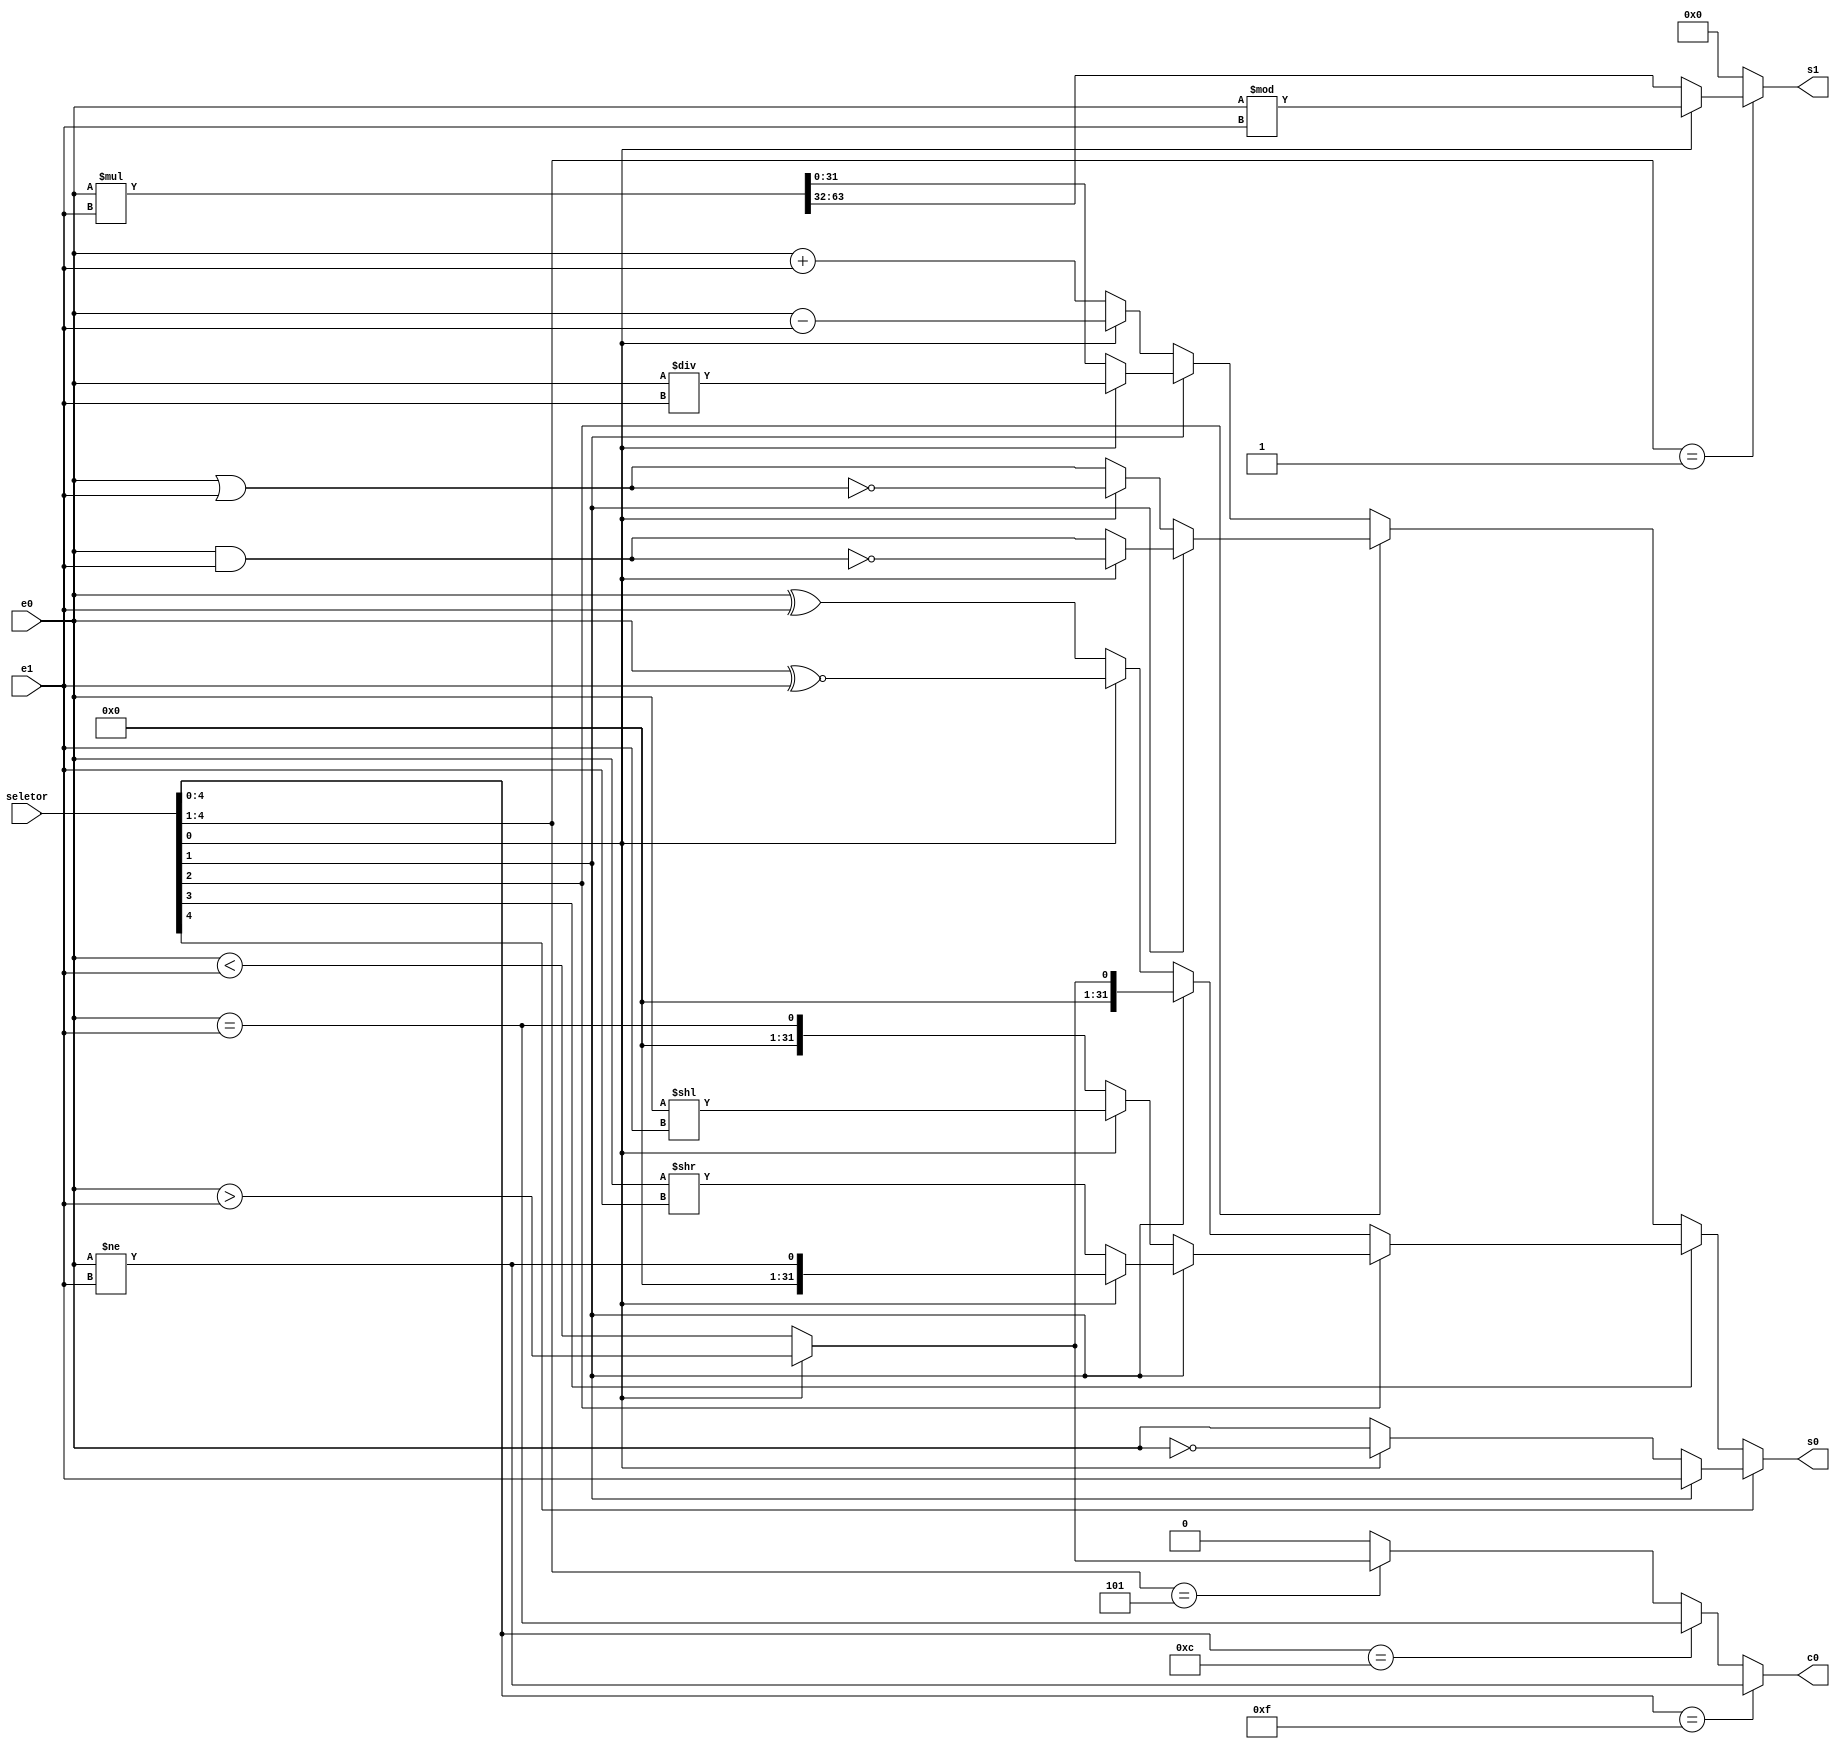
module unidadeLogicaAritmetica(e0, e1, s0, s1, c0, seletor);
input[31:0] e0, e1;
input[5:0] seletor;
output[31:0] s0, s1;
output c0;

/*
parameter SOMA  = 5'b00000, SUBT  = 5'b00001, MULT  = 5'b00010, DIVI  = 5'b00011;
parameter OU	 = 5'b00100, NOU   = 5'b00101, E 	 = 5'b00110, NE	 = 5'b00111;
parameter OUEX  = 5'b01000, NOUX  = 5'b01001, MENOR = 5'b01010, MAIOR = 5'b01011;
parameter IGUAL = 5'b01100, SHLE  = 5'b01101, SHRI  = 5'b01110, DIFER = 5'b01111;
parameter MOVER = 5'b10000, NEGAR = 5'b10001, IMEDI = 5'b10010, IMEDI = 5'b10011;// O resto eh imedi
*/

wire[31:0] soma, subtracao, divisao, shiftleft, shiftright, resto;
wire[31:0] e, ou, ouex, negar, ne, nou, nouex;
wire[63:0] multiplicacao;
wire maior, menor, igual, diferente;

wire[31:0] multiplexador[4:0];

assign soma             	 	= e0 +  e1;
assign subtracao         		= e0 -  e1;
assign multiplicacao				= e0 *  e1;
assign divisao           		= e0 /  e1;
assign resto   	           	= e0 %  e1;
assign shiftleft         		= e0 << e1;
assign shiftright   	   	   = e0 >> e1;
assign e    		        	   = e0 &  e1;
assign ou                		= e0 |  e1;
assign ouex              		= e0 ^  e1;
assign negar    				   = ~e0;
assign ne    					   = ~(e0 & e1);
assign nou               		= ~(e0 | e1);
assign nouex             		= e0 ~^ e1;
assign maior             		= e0 >  e1;
assign menor             		= e0 <  e1;
assign igual             		= e0 == e1;
assign diferente         		= e0 != e1; 


//assign multiplexador[0] = seletor[1] ? (seletor[0] ? 11 : 10) : (seletor[0] ? 01 : 00);
assign multiplexador[0] = seletor[1] ? (seletor[0] ? divisao : multiplicacao[31:0]) : (seletor[0] ? subtracao : soma);
assign multiplexador[1] = seletor[1] ? (seletor[0] ? ne : e)                       : (seletor[0] ? nou : ou);
assign multiplexador[2] = seletor[1] ? (seletor[0] ? maior : menor)                : (seletor[0] ? nouex : ouex);
assign multiplexador[3] = seletor[1] ? (seletor[0] ? diferente : shiftright)       : (seletor[0] ? shiftleft : igual);
assign multiplexador[4] = seletor[1] ? e1                                          : (seletor[0] ? negar : e0);

assign c0 = (seletor[4:0] == 5'b01111) ? diferente : ((seletor[4:0] == 5'b01100) ? igual : ((seletor[4:1] == 4'b0101) ? (seletor[0] ? maior : menor) : 1'b0));  
assign s0 = seletor[4] ? multiplexador[4] : (seletor[3] ? (seletor[2] ? multiplexador[3] : multiplexador[2]) : (seletor[2] ? multiplexador[1] : multiplexador[0]));
assign s1 = (seletor[4:1] == 4'b0001) ? (seletor[0] ? resto : multiplicacao[63:32]) : 4'b0;

endmodule